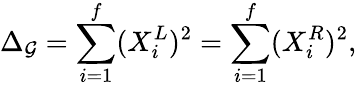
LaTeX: \Delta_{\mathcal{G}}=\sum_{i=1}^{f}(X_{i}^{L})^{2}=\sum_{i=1}^{f}(X_{i}^{R})^{2},